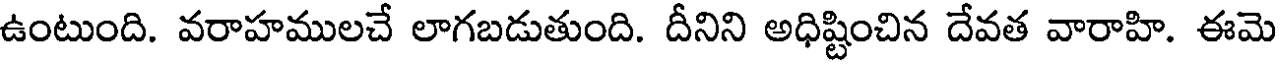
ఉంటుంది. వరాహములచే లాగబడుతుంది. దీనిని అధిష్టించిన దేవత వారాహి. ఈమె